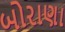
બોરાણા